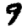
Digit: 9